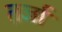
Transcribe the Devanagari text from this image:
तर्जा